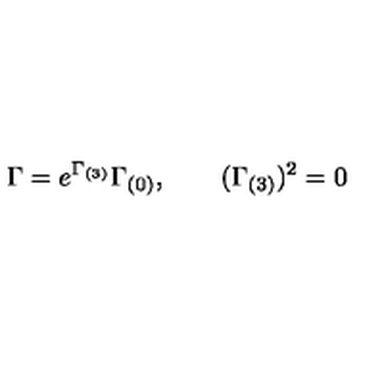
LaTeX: \Gamma = e ^ { \Gamma _ { ( 3 ) } } \Gamma _ { ( 0 ) } , \qquad ( \Gamma _ { ( 3 ) } ) ^ { 2 } = 0